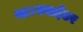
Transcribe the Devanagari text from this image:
था।स्नाईडर